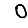
Digit: 0